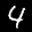
Label: 4